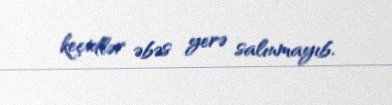
keçidlər əbəs yerə salınmayıb.